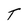
Character: T